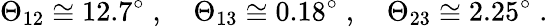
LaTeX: \Theta_{12}\cong 12.7^{\circ}\; ,\quad\Theta_{13}\cong 0.18^{\circ}\; ,\quad\Theta_{23}\cong 2.25^{\circ}\; .